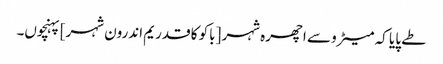
طے پایا کہ میٹرو سے اچھرہ شہر [باکو کا قدریم اندرون شہر] پہنچوں۔